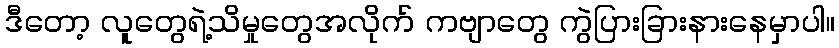
ဒီတော့ လူတွေရဲ့သိမှုတွေအလိုက် ကဗျာတွေ ကွဲပြားခြားနားနေမှာပါ။